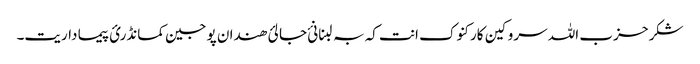
شکر حزب اللہ سروکین کارکنوک انت کہ بہ لبنانئ جالئ ھندان پوجین کمانڈرئ پیما داریت۔